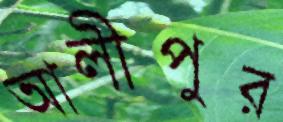
আলীপুর